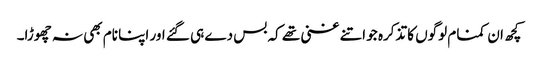
کچھ ان کمنام لوگوں کا تذکرہ جو اتنے غنی تھے کہ بس دے ہی گئے اور اپنا نام بھی نہ چھوڑا۔